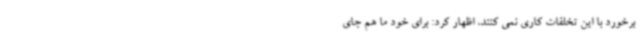
برخورد با این تخلفات کاری نمی کنند، اظهار کرد: برای خود ما هم جای